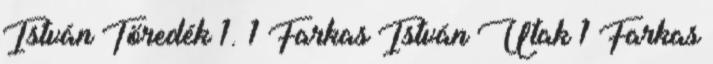
István Töredék 1. 1 Farkas István Utak 1 Farkas